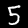
Digit: 5